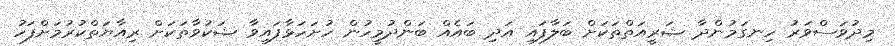
މިދުވަސްވަރު ހިނގަމުންދާ ޝަރީއަތްތަކަށް ބަލާފައި އަދި ބައެއް ބަންދުމީހުން ހުށަހަޅާފައިވާ ޝަކުވާތަކަށް ރިއާޔަތްކުރުމަށްފަހު